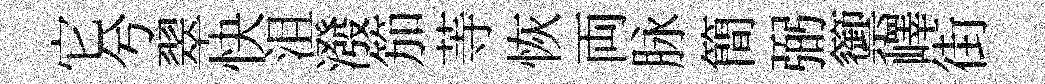
它兮翠快沮潑笳䓁恢両脉簡弼籞嶧街